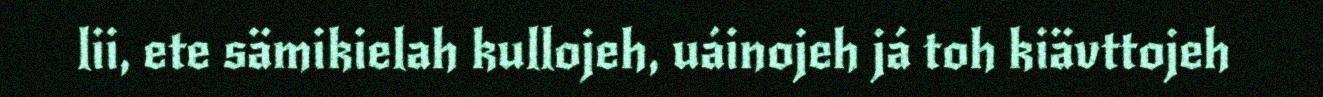
lii, ete sämikielah kullojeh, uáinojeh já toh kiävttojeh